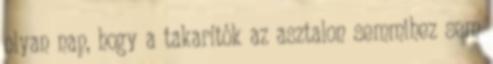
olyan nap, hogy a takarítók az asztalon semmihez sem